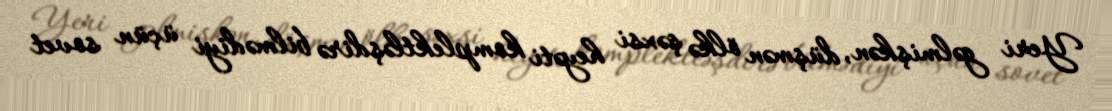
Yeri gəlmişkən, düşmən ölkə şəxsi heyəti komplektləşdirə bilmədiyi üçün sovet